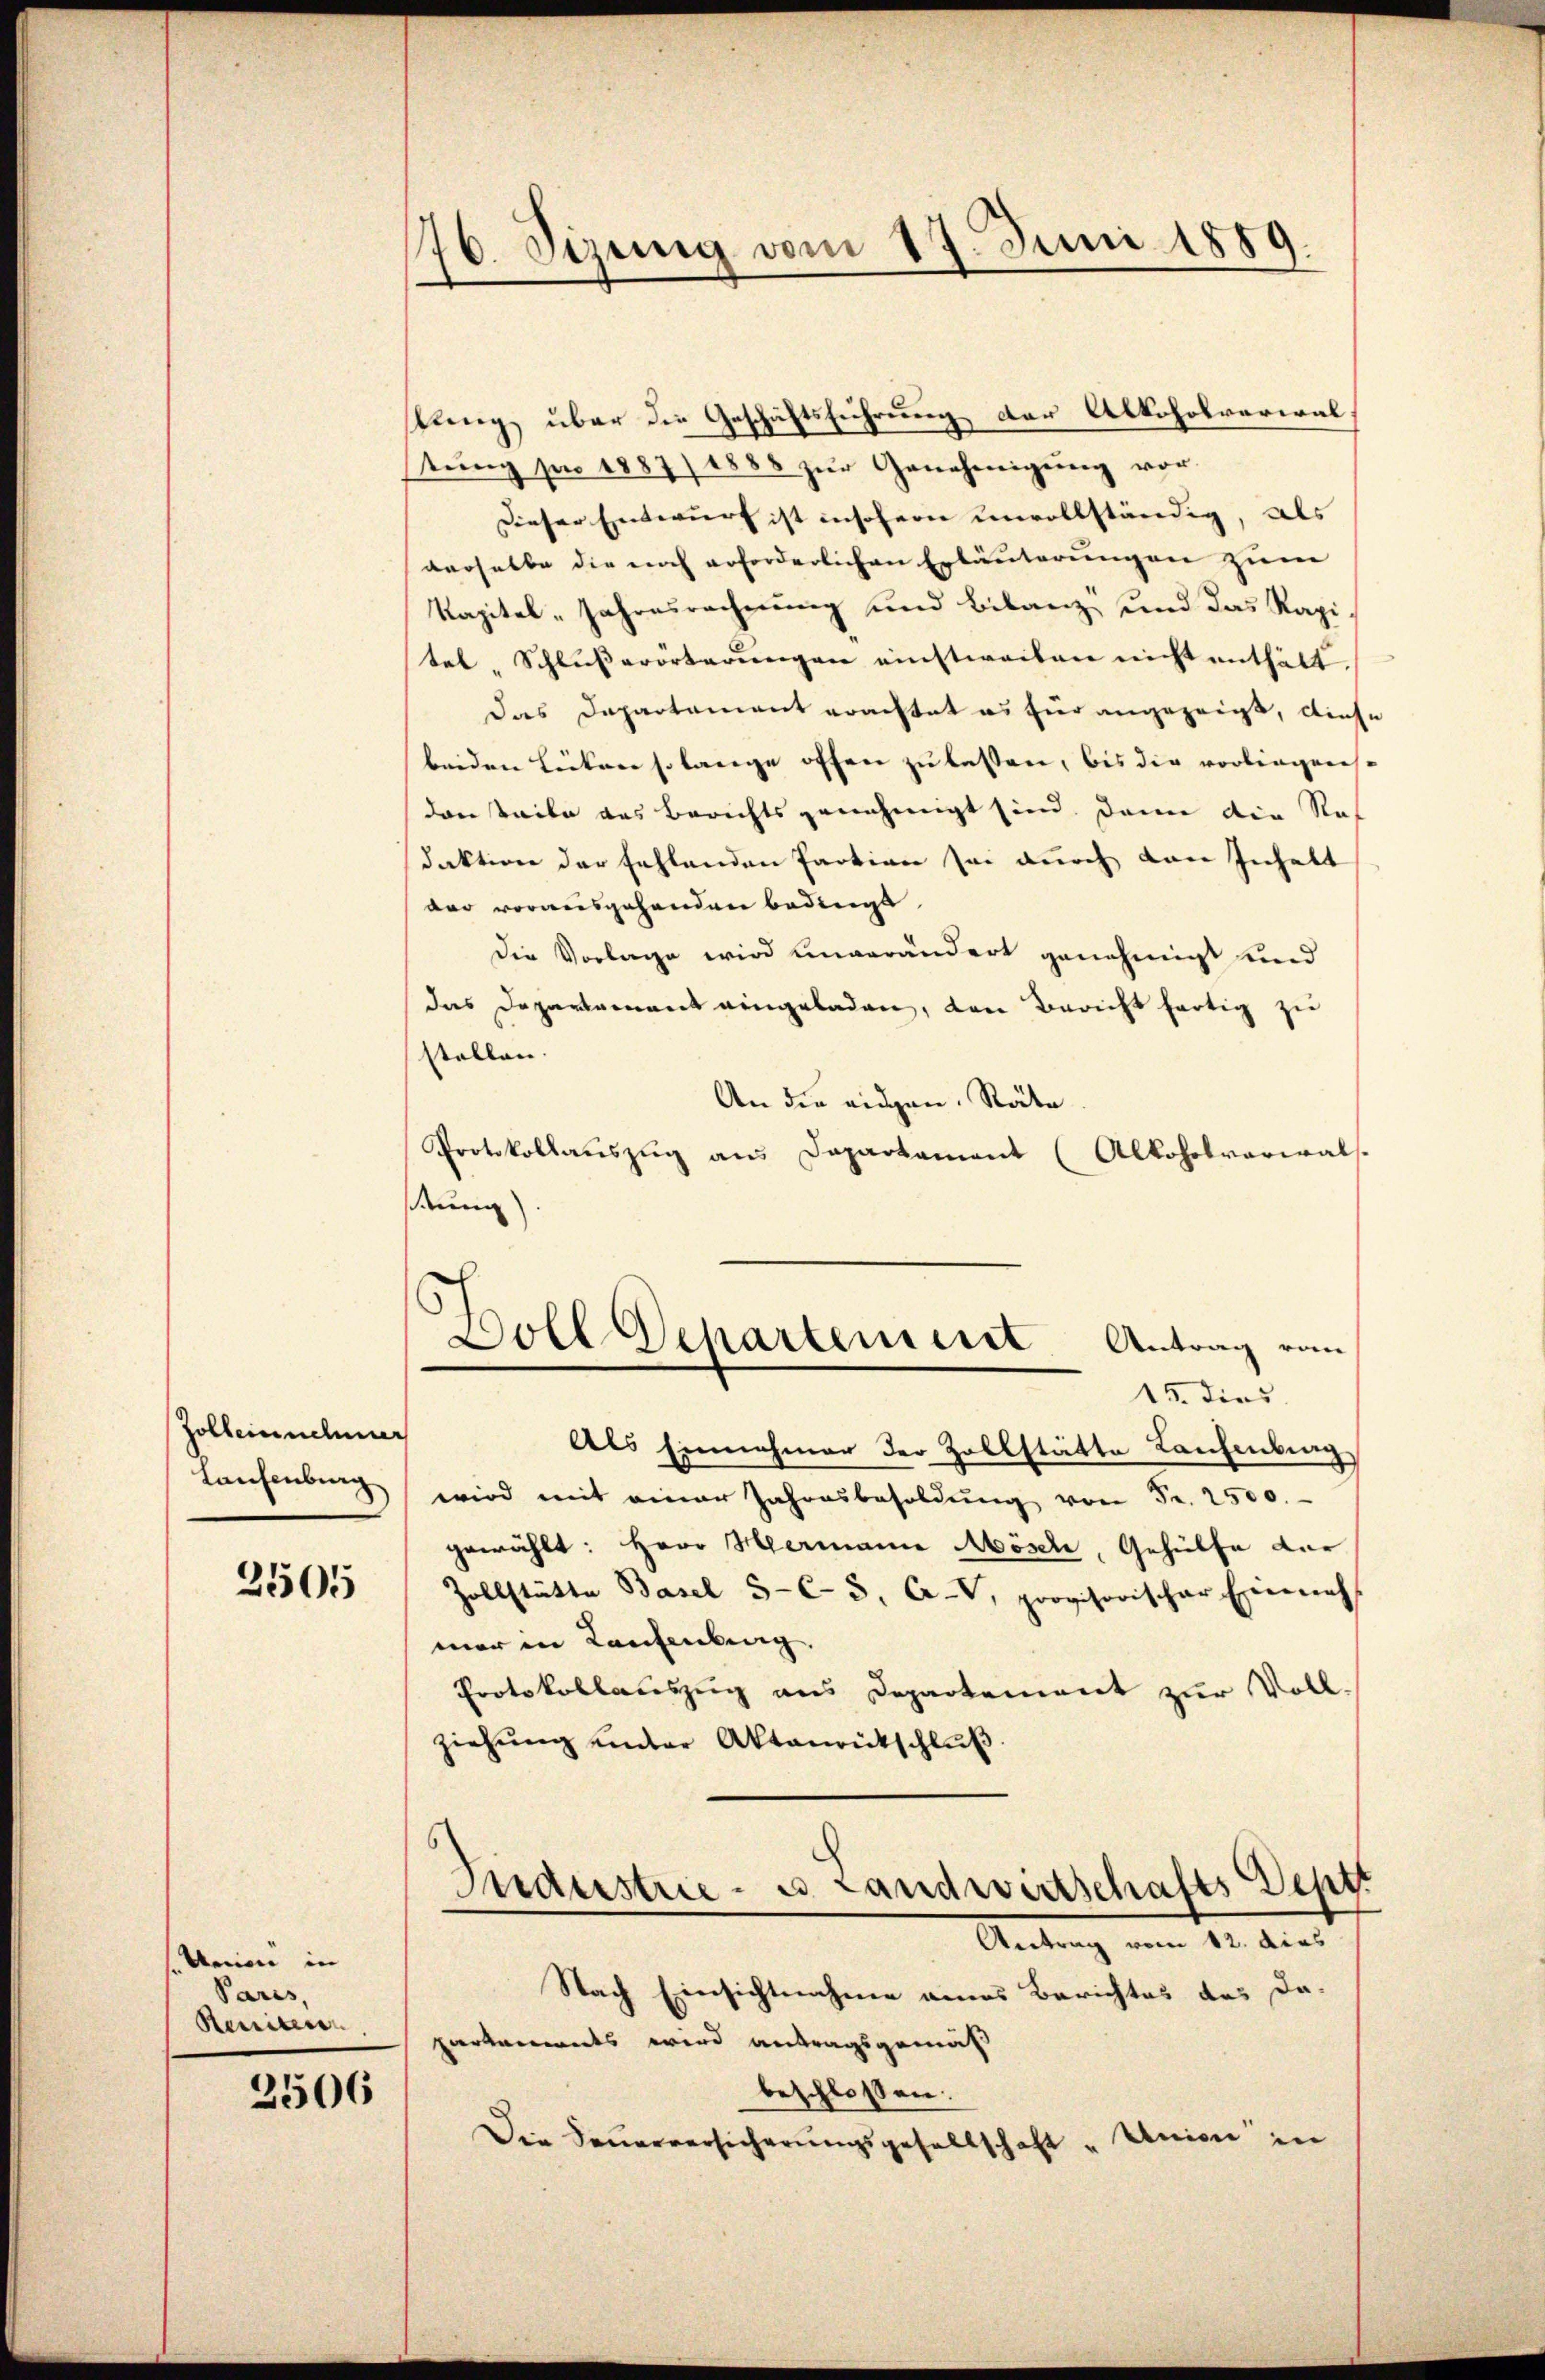
Zolbeinnehmer
Laufenburg

2505

Meien in
Paris,
Reniteren,

2506

1
76. Sizung vom 17. Juni 1889.
I

kung über die Geschäftsführung der Alkoholverwalstŭng par 1887/1888 zŭr Genehmigŭng vor-
Dieser Entwurf ist insofern unvollständig, als
derselbe die noch erforderlichen Erläuterungen zum
Kapitel „Jahresrechnung und Bilanz und das Kapitel, Schlŭβerörterŭngen einstweilen nicht enthält.
Das Departement erachtet es für angezeigt, diese
beiden Lieben so lange offen zu lassen, bis die vorliegens-
dar teile das Berichtsgenehmigt sind. Dann die Rat
daktion der fehlenden Faction sei durch von Inhalt
dar vorausgehenden Bedingt
Die Vorlage wird einverändert genehmigt und
das Departement eingeladen, den Bericht fertig zu
stellen. |
An die eidgen. Räte
Protokollaŭszŭg aŭs Daparkament (Alkoholverwals-
Rung
Soll Deharteniret Antrag vom
15. dies
Als Einnahmer der Zollstätte Laufenburg
wird mit einer Jahresbesoldŭng von Fr. 2500.
gewählt: Herr Hermanne Mösch, Gehülfe der
Zollstätte Basel 5-C 5. AV, provisorischer Einnah
mar in Kaufenberg.
Protokollauszug aus Departement zur Voll.
ziehŭng unter Aktenrütschlŭβ

partenwarts wird antragsgemäß
beschlossen:
Die Feŭerversicherŭngsgesellschaft "Union in

Industrie - u. Landwirtschafts Sept
Antrag vom 12. dies
Nach Einsichtnahme eines Berichtes des Da¬